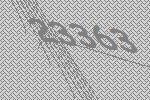
23363